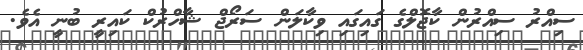
ސިއްރު ސިއްރުން ކާޖޮލްގެ ގައިގައި ވިކާލަން ސަރޯޖް ޝާހްރުކް ކައިރީ ބުނީ އެވެ.